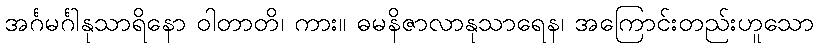
အင်္ဂမင်္ဂါနုသာရိနော ဝါတာတိ၊ ကား။ ဓမနိဇာလာနုသာရေန၊ အကြောင်းတည်းဟူသော